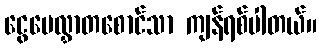
ငွေပေလွှာတစောင်သာ ကျန်ရစ်ပါတယ်။